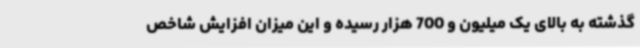
گذشته به بالای یک میلیون و 700 هزار رسیده و این میزان افزایش شاخص